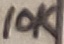
Text: 10K